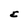
Character: E